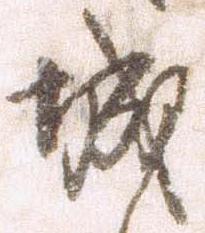
城